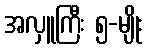
အလှူကြီး ၅-မျိုး